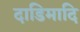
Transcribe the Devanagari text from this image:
दाडिमादि